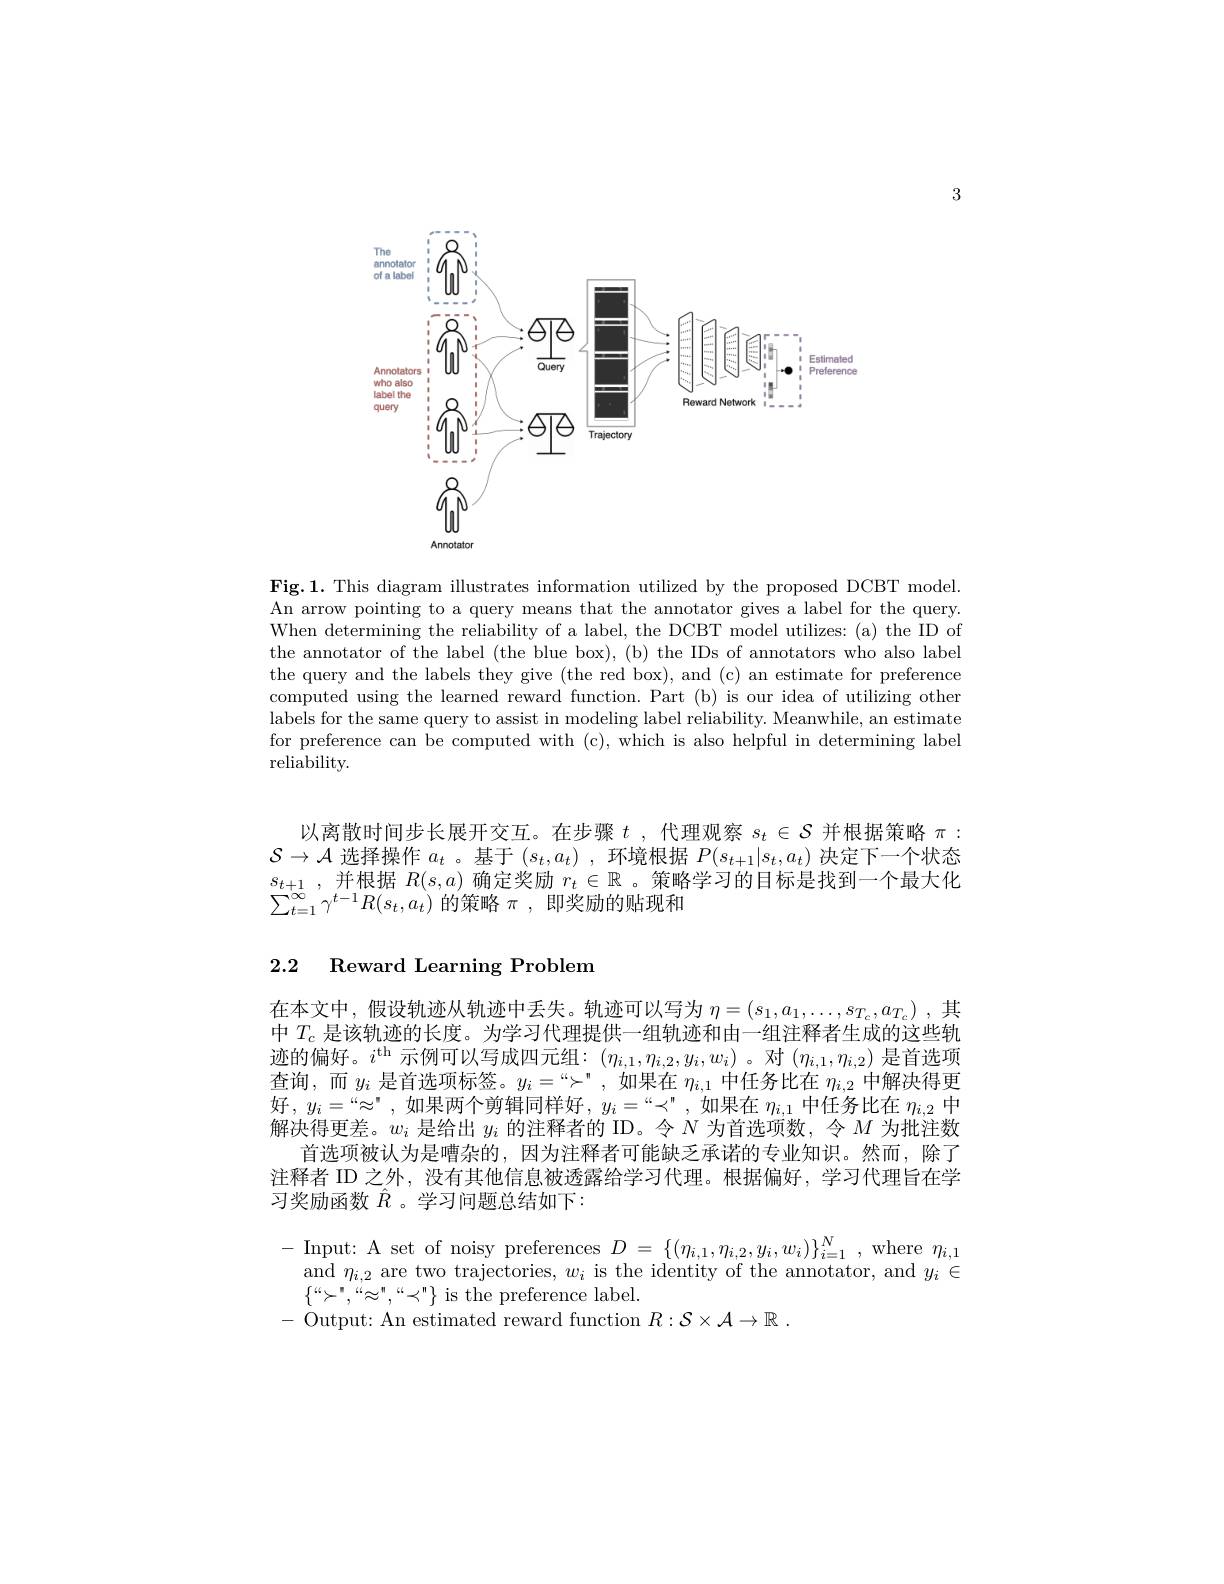
3

<FigureHere>

Fig.1. This diagram illustrates information utilized by the proposed DCBT model. An arrow pointing to a query means that the annotator gives a label for the query. When determining the reliability of a label, the DCBT model utilizes: (a) the ID of the annotator of the label (the blue box), (b) the IDs of annotators who also label the query and the labels they give (the red box), and (c) an estimate for preference computed using the learned reward function. Part (b) is our idea of utilizing other labels for the same query to assist in modeling label reliability. Meanwhile, an estimate for preference can be computed with (c), which is also helpful in determining label reliability.

以离散时间步长展开交互。在步骤$t$ ,代理观察$s_t\in\mathcal{S}$并根据策略$\pi:$ $\mathcal{S}\to\mathcal{A}$选择操作$a_t$ 。基于$(s_t,a_t)$ ,环境根据$P(s_t+1|s_t,a_t)$决定下一个状态$\begin{array}{l}{s_{t+1},\text{并根据 }R(s,a)\text{ 确定奖励 }r_{t}\in\mathbb{R}\text{。策略学习的目标是找到一个最大化}}\\{\sum_{t=1}^{\infty}\gamma^{t-1}R(s_{t},a_{t})\text{ 的策略 }\pi,\text{ 即奖励的贴现和}}\end{array}$

2.2 Reward Learning Problem

在本文中，假设轨迹从轨迹中丢失。轨迹可以写为$\eta = ( s_1, a_1, \ldots , s_{T_c}, a_{T_c})$ ,其中$T_{\mathrm{c}}$是该轨迹的长度。为学习代理提供一组轨迹和由一组注释者生成的这些轨迹的偏好。$i^\mathrm{th}$ 示例可以写成四元组：$(\eta_i,1,\eta_{i,2},y_i,w_i)$。对$(\eta_i,1,\eta_{i,2})$ 是首选项查询，而$y_i$是首选项标签。$y_i=“\succ”$,如果在$\eta_i,1$中任务比在$\eta_i,2$中解决得更好$,y_i=“\approx”$,如果两个剪辑同样好$,y_i=“\prec”$,如果在$\eta_i,1$中任务比在$\eta_i,2$中解决得更差。$w_i$是给出$y_i$的注释者的 ID。令$N$为首选项数，令$M$为批注数
首选项被认为是嘈杂的，因为注释者可能缺乏承诺的专业知识。然而，除了注释者 ID 之外，没有其他信息被透露给学习代理。根据偏好，学习代理旨在学习奖励函数$\hat{R}$。学习问题总结如下：

$\begin{array}{l}{-\text{Input: A set of noisy preferences }D=\{(\eta_{i,1},\eta_{i,2},y_{i},w_{i})\}_{i=1}^{N},\mathrm{~where~}\eta_{i,1}}\\{\mathrm{and~}\eta_{i,2}\mathrm{~are~two~trajectories,~}w_{i}\mathrm{~is~the~identity~of~the~annotator,~and~}y_{i}\in\end{array}}\\\begin{array}{ll}{{\mathrm{and~}\eta_{i,2}\mathrm{~are~two~trajectories,~}w_{i}\mathrm{~is~$
$>^{\mathrm{T}},\stackrel{\mathrm{G}}{\approx},\stackrel{\mathrm{T}}{<}\}$ is the preference label
- Output: An estimated reward function $R: \mathcal{S} \times \mathcal{A} \to \mathbb{R}$ .